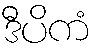
ဒီပိကံ